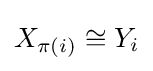
X_{\pi (i)}\cong Y_{i}